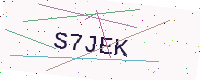
Text: S7JEK